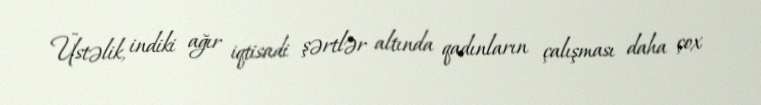
Üstəlik, indiki ağır iqtisadi şərtlər altında qadınların çalışması daha çox